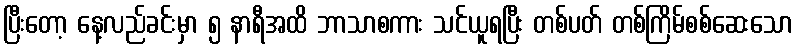
ပြီးတော့ နေ့လည်ခင်းမှာ ၅ နာရီအထိ ဘာသာစကား သင်ယူရပြီး တစ်ပတ် တစ်ကြိမ်စစ်ဆေးသော